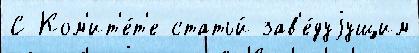
С Ком'ит'е́т'е статьи́ зав'е́дуjущим